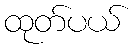
ထုတ်ပယ်